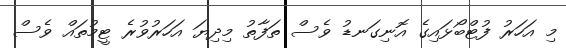
މި އަހަރު ފުޓްބޯޅައިގެ އޮނިގަނޑު ވެސް ތަފާތު މިދިޔަ އަހަރުވުރެ ޓީމުތައް ވެސް